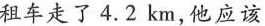
租车走了4.2km，他应该